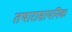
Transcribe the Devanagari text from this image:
तथारासायनिक